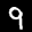
Digit: 9